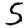
Digit: 5